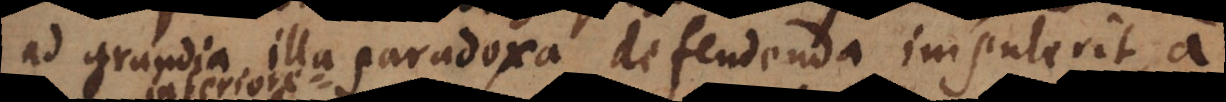
ad grandia illa paradoxa defendenda impulerit, a